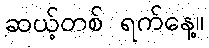
ဆယ့်တစ် ရက်နေ့။